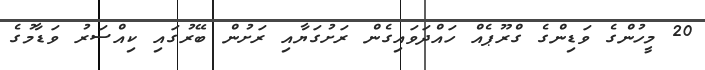
20 މީހުންގެ ވަޑިންގެ ގްރޫޕެއް ހައްދަވައިގެން ރަށުގަޔާއި ރަށުން ބޭރުގައި ކިއްސަރު ވަޑާމުގެ